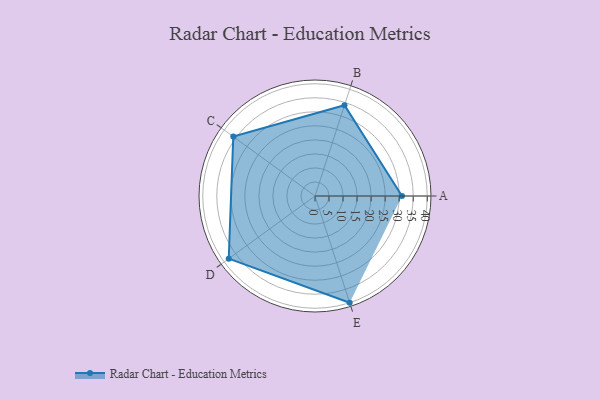
{"axis": {"x": "Skill", "y": "Score"}, "legend": ["Profile"], "data": [{"x": "A", "y": 31.0, "type": "Profile"}, {"x": "B", "y": 34.0, "type": "Profile"}, {"x": "C", "y": 36.0, "type": "Profile"}, {"x": "D", "y": 38.0, "type": "Profile"}, {"x": "E", "y": 40.0, "type": "Profile"}]}